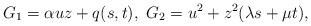
LaTeX: \begin{align*}G_1 = \alpha u z + q (s,t), \ G_2 = u^2 + z^2 (\lambda s + \mu t),\end{align*}